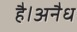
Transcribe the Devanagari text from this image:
है।अनैध